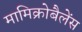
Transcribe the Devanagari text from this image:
मामिक्रोबैलेंस